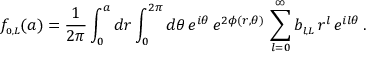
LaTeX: f _ { \scriptscriptstyle { 0 , L } } ( a ) = \frac { 1 } { 2 \pi } \int _ { 0 } ^ { a } d r \int _ { 0 } ^ { 2 \pi } d \theta \, e ^ { i \theta } \, e ^ { 2 \phi ( r , \theta ) } \, \sum _ { l = 0 } ^ { \infty } b _ { \scriptscriptstyle { l , L } } \, r ^ { l } \, e ^ { i l \theta } \, .